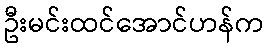
ဦးမင်းထင်အောင်ဟန်က